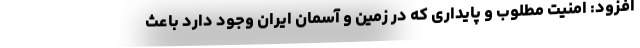
افزود: امنیت مطلوب و پایداری که در زمین و آسمان ایران وجود دارد باعث